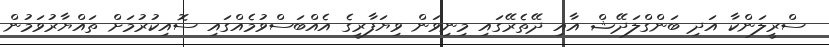
ސްރީލަންކާ އަދި ބަންގްލަދޭޝް އާއި ދޭތެރޭގައި މިނިވަން ވިޔަފާރީގެ އެއްބަސްވުމެއްގައި ސޮއިކުރުމަށް ތައްޔާރުވަމުން